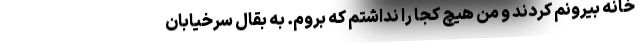
خانه بیرونم کردند و من هیچ کجا را نداشتم که بروم. به بقال سرخیابان